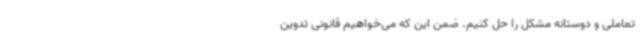
تعاملی و دوستانه مشکل را حل کنیم. ضمن این که می‌خواهیم قانونی تدوین